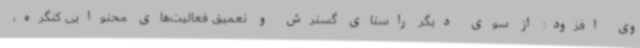
وی افزود: از سوی دیگر راستای گسترش و تعمیق فعالیت‌های محتوایی کنگره،